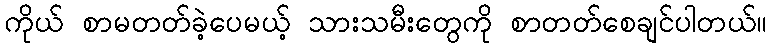
ကိုယ် စာမတတ်ခဲ့ပေမယ့် သားသမီးတွေကို စာတတ်စေချင်ပါတယ်။